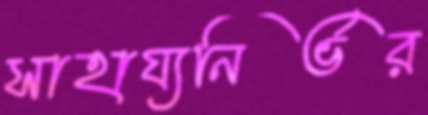
সাহায্যনির্ভর